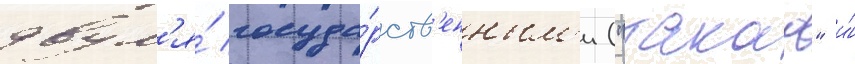
двум'я́ госуда́рств'енным'и ("такао" и́